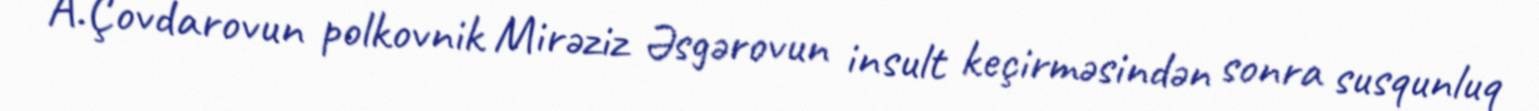
A.Çovdarovun polkovnik Mirəziz Əsgərovun insult keçirməsindən sonra susqunluq